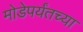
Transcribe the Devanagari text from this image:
मोडेपर्यंतच्या